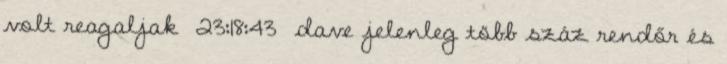
volt reagaljak 23:18:43 dave jelenleg több száz rendőr és